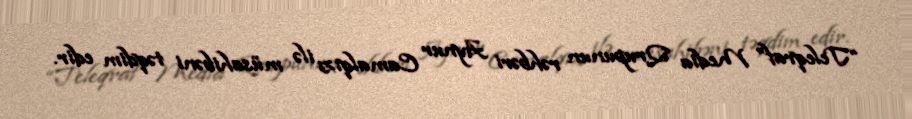
“Teleqraf” Media Qrupunun rəhbəri Aynur Camalqızı ilə müsahibəni təqdim edir.